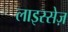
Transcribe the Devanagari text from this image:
लाइस्सेज़